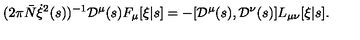
( 2 \pi { \bar { N } } \dot { \xi } ^ { 2 } ( s ) ) ^ { - 1 } { \cal D } ^ { \mu } ( s ) F _ { \mu } [ \xi | s ] = - [ { \cal D } ^ { \mu } ( s ) , { \cal D } ^ { \nu } ( s ) ] L _ { \mu \nu } [ \xi | s ] .